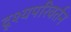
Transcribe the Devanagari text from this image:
दृश्यपरिवर्तन